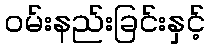
ဝမ်းနည်းခြင်းနှင့်